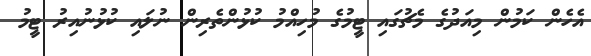
އެހެން ކަމުން މިއަދުގެ މެޗުގައި ޓީމުގެ މުހިއްމު ކުޅުންތެރިން ނުލައި ކުޅުނުއިރު ޓީމު